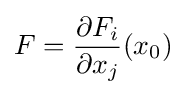
F={\frac {\partial F_{i}}{\partial x_{j}}}(x_{0})